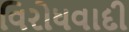
વિરોધવાદી